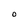
Character: 0